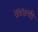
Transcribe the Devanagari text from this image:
७४७ची